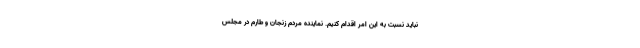
نباید نسبت به این‌ امر اقدام کنیم. نماینده مردم زنجان و طارم در مجلس